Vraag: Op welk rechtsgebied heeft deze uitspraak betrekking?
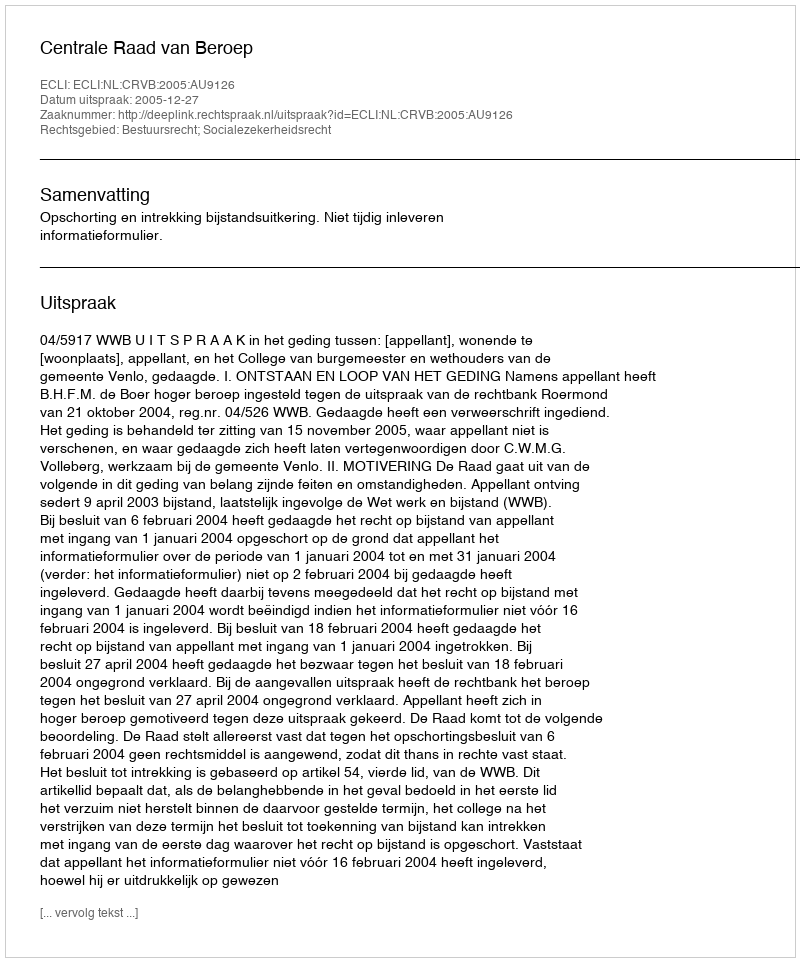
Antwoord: Bestuursrecht; Socialezekerheidsrecht